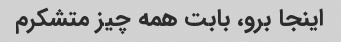
اینجا برو، بابت همه چیز متشکرم